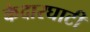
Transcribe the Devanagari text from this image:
केदारघाटी